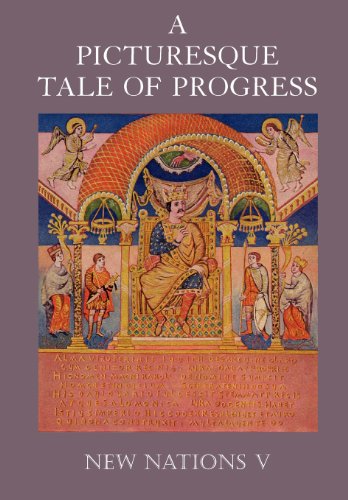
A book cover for A Picturesque Tale of Progress: New Nations V; Olive Beaupre Miller; Children's Books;